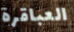
العباقرة